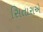
સિતારાએ